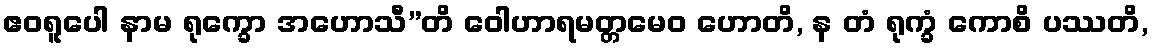
ဧဝရူပေါ နာမ ရုက္ခော အဟောသီ”တိ ဝေါဟာရမတ္တမေဝ ဟောတိ, န တံ ရုက္ခံ ကောစိ ပဿတိ,